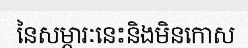
នៃសម្ភារៈនេះនិងមិនកោស